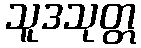
သူဒသုတ္တ